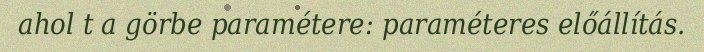
ahol t a görbe paramétere: paraméteres előállítás.